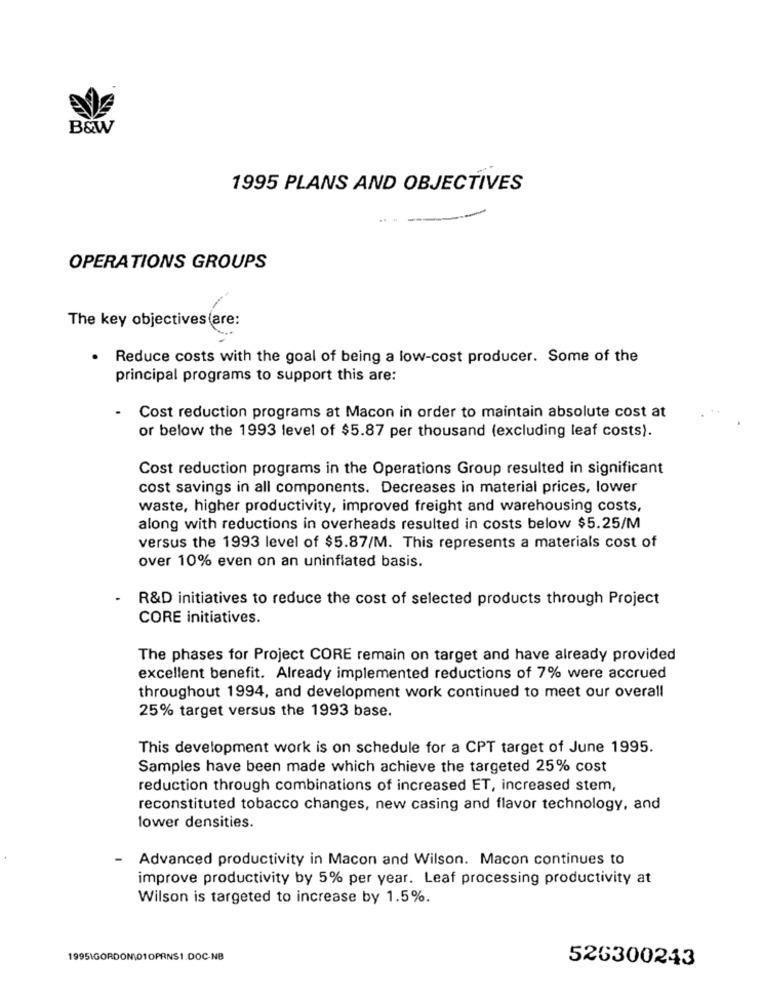
B&W
1995 PLANS AND OBJECTIVES
OPERATIONS GROUPS
The key objectives (are:
. Reduce costs with the goal of being a low-cost producer. Some of the
principal programs to support this are:
- Cost reduction programs at Macon in order to maintain absolute cost at
or below the 1993 level of $5.87 per thousand (excluding leaf costs).
Cost reduction programs in the Operations Group resulted in significant
cost savings in all components. Decreases in material prices, lower
waste, higher productivity, improved freight and warehousing costs,
along with reductions in overheads resulted in costs below $5.25/M
versus the 1993 level of $5.87/M. This represents a materials cost of
over 10% even on an uninflated basis.
R&D initiatives to reduce the cost of selected products through Project
CORE initiatives.
The phases for Project CORE remain on target and have already provided
excellent benefit. Already implemented reductions of 7% were accrued
throughout 1994, and development work continued to meet our overall
25% target versus the 1993 base.
This development work is on schedule for a CPT target of June 1995.
Samples have been made which achieve the targeted 25% cost
reduction through combinations of increased ET, increased stem,
reconstituted tobacco changes, new casing and flavor technology, and
lower densities.
Advanced productivity in Macon and Wilson. Macon continues to
improve productivity by 5% per year. Leaf processing productivity at
Wilson is targeted to increase by 1.5%.
1995\GORDON\01OPRNS1.DOC-NB
526300243